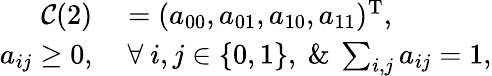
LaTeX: \begin{array}{rl}{\mathcal{C}(2)}&{{}=(a_{00},a_{01},a_{10},a_{11})^{\mathrm{T}},}\\ {a_{ij}\ge 0,}&{{}~\forall~i,j\in\{ 0,1\} ,~\& ~\sum_{i,j}a_{ij}=1,}\end{array}